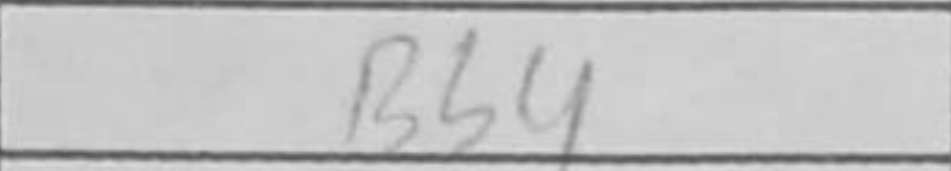
Transcription: Bb4